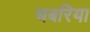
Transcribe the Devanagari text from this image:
चबरिया